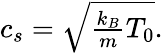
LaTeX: \begin{array}{r}{c_{s}=\sqrt{\frac{k_{B}}{m}T_{0}}.}\end{array}